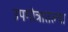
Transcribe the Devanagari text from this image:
उपगोत्रातल्या